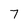
Character: 7